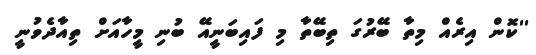
''ކޮން އިރެއް މިތާ ބޭރުގަ ތިބޭތާ މި ފައިބަނީއޭ ބުނި މީހާއަށް ތިއާދެވުނީ